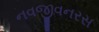
નવજીવનરસ